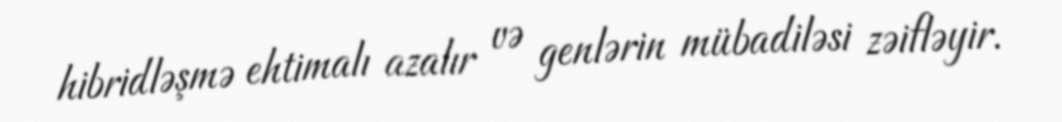
hibridləşmə ehtimalı azalır və genlərin mübadiləsi zəifləyir.